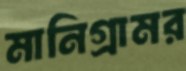
মানিগ্রামর